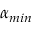
\alpha _ { m i n }